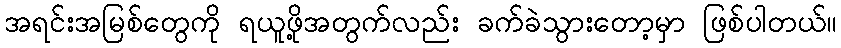
အရင်းအမြစ်တွေကို ရယူဖို့အတွက်လည်း ခက်ခဲသွားတော့မှာ ဖြစ်ပါတယ်။